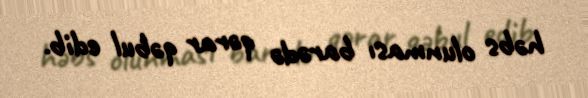
həbs olunması barədə qərar qəbul edib.